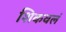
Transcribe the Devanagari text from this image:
शिकवलं